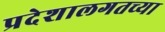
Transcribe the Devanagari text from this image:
प्रदेशालगतच्या